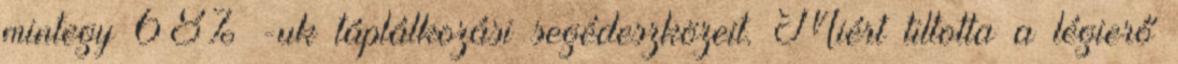
mintegy 68% -uk táplálkozási segédeszközeit. Miért tiltotta a légierő